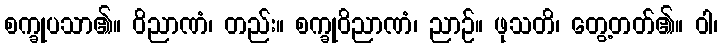
စက္ခုပသာ၏။ ဝိညာဏံ၊ တည်း။ စက္ခုဝိညာဏံ၊ ညာဉ်။ ဖုသတိ၊ တွေ့တတ်၏။ ဝါ၊